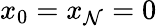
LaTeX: x_{0}=x_{\mathcal{N}}=0